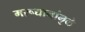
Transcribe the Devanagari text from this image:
मरूद्यानांमुळे